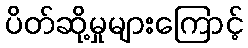
ပိတ်ဆို့မှုများကြောင့်